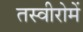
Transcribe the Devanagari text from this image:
तस्वीरोमें